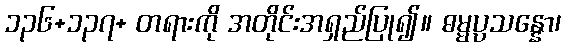
၁၃၆+၁၃၇+ တရားကို အတိုင်းအရှည်ပြု၍။ ဓမ္မပ္ပသန္နော၊